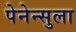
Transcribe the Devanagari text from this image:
पेनेन्सुला